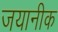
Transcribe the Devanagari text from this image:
जयानीक